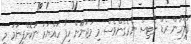
ފުލުހުން ރެޑް ނޯޓިސް ނެރެގެންވެސް މި މަޖުނޫން ހިފާ ހައްޔަރު ނުކޮށްފިނަމަ މި